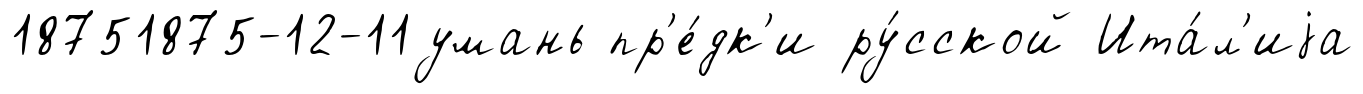
18751875-12-11умань пр'е́дк'и ру́сской Ита́л'иjа